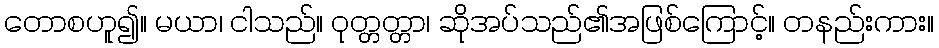
တောစဟူ၍။ မယာ၊ ငါသည်။ ဝုတ္တတ္တာ၊ ဆိုအပ်သည်၏အဖြစ်ကြောင့်။ တနည်းကား။